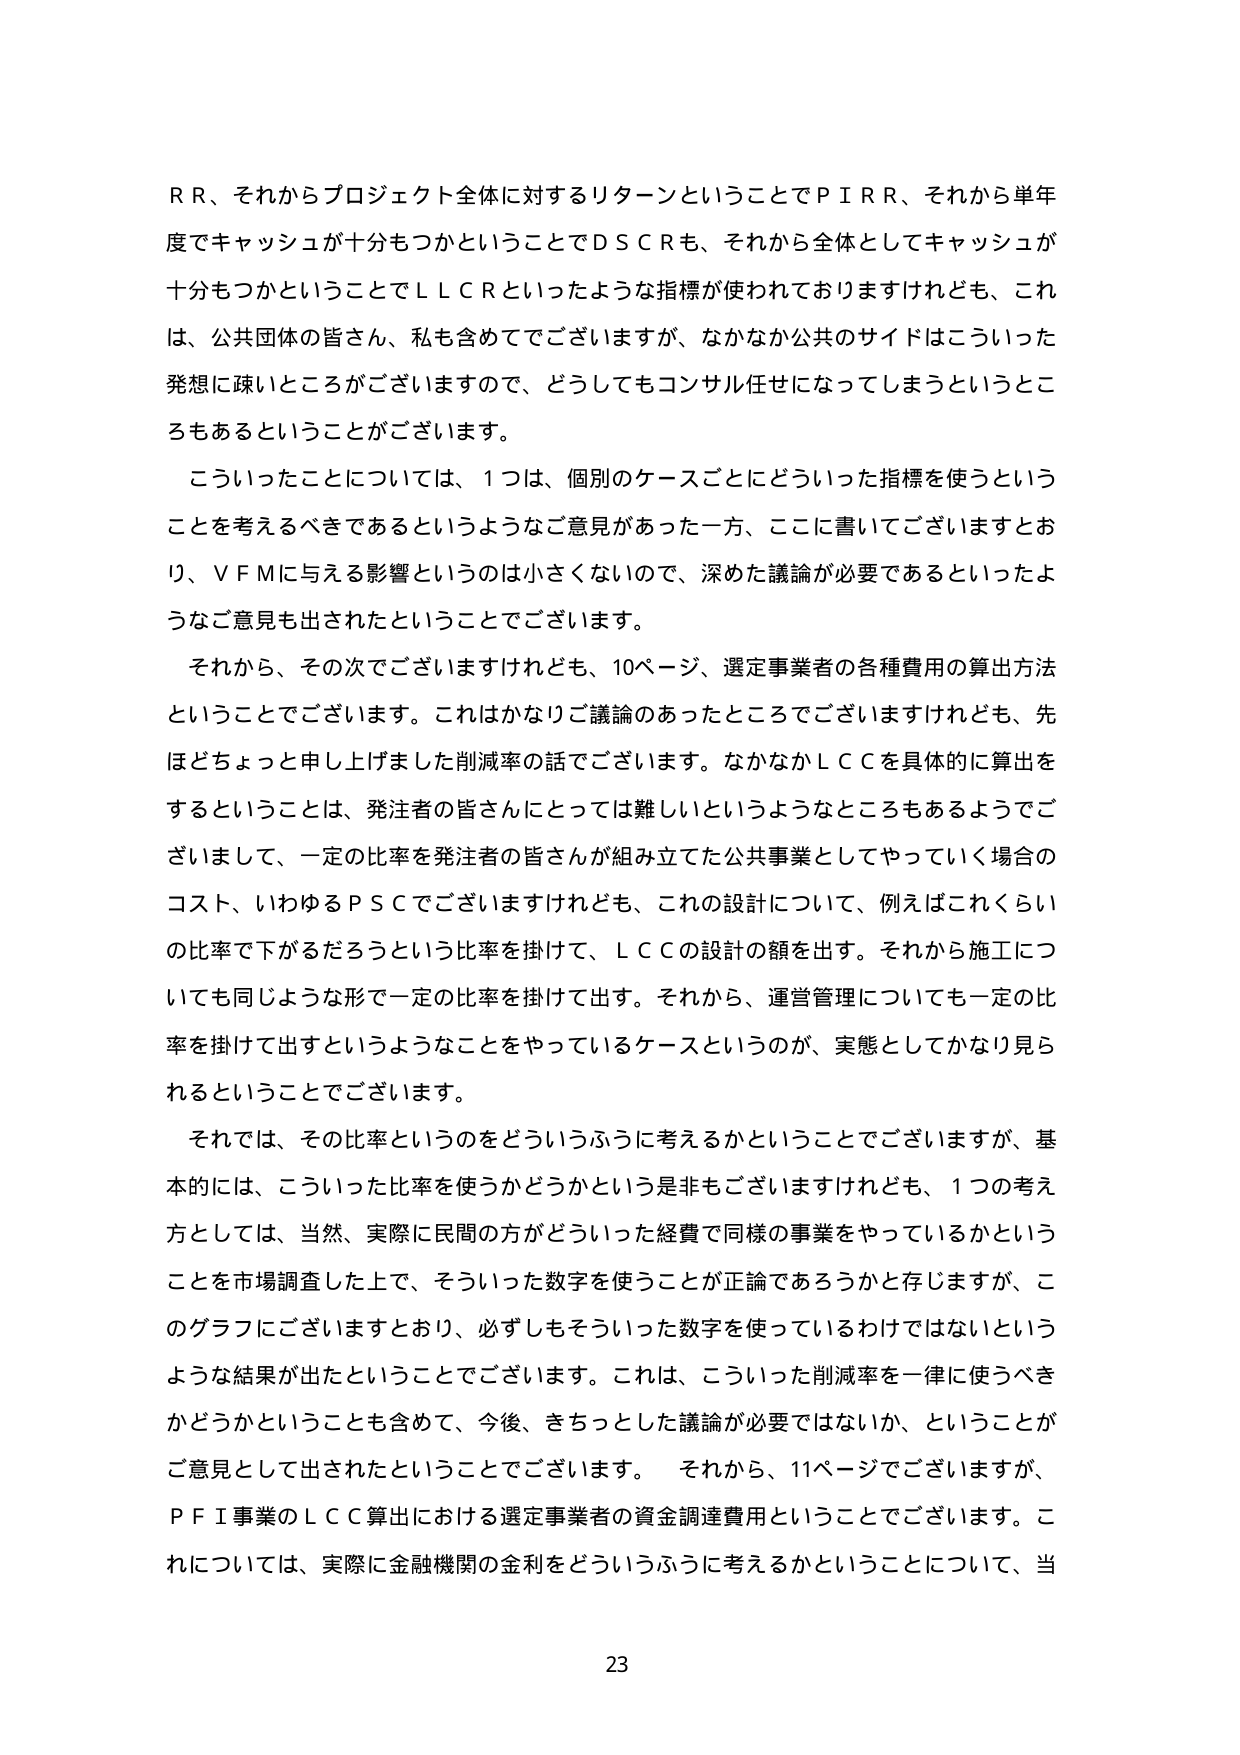
ＲＲ、それからプロジェクト全体に対するリターンということでＰＩＲＲ、それから単年度でキャッシュが十分もつかということでＤＳＣＲも、それから全体としてキャッシュが十分もつかということでＬＬＣＲといったような指標が使われておりますけれども、これは、公共団体の皆さん、私も含めてでございますが、なかなか公共のサイドはこういった発想に疎いところがございますので、どうしてもコンサル任せになってしまうというところもあるということがございます。

こういったことについては、１つは、個別のケースごとにどういった指標を使うということを考えるべきであるというようなご意見があった一方、ここに書いてございますとおり、ＶＦＭに与える影響というのは小さくないので、深めた議論が必要であるといったようなご意見も出されたということでございます。

それから、その次でございますけれども、10ページ、選定事業者の各種費用の算出方法ということでございます。これはかなりご議論のあったところでございますけれども、先ほどちょっと申し上げました削減率の話でございます。なかなかＬＣＣを具体的に算出をするということは、発注者の皆さんにとっては難しいというようなところもあるようでございまして、一定の比率を発注者の皆さんが組み立てた公共事業としてやっていく場合のコスト、いわゆるＰＳＣでございますけれども、これの設計について、例えばこれくらいの比率で下がるだろうという比率を掛けて、ＬＣＣの設計の額を出す。それから施工についても同じような形で一定の比率を掛けて出す。それから、運営管理についても一定の比率を掛けて出すというようなことをやっているケースというのが、実態としてかなり見られるということでございます。

それでは、その比率というのをどういうふうに考えるかということでございますが、基本的には、こういった比率を使うかどうかという是非もございますけれども、１つの考え方としては、当然、実際に民間の方がどういった経費で同様の事業をやっているかということを市場調査した上で、そういった数字を使うことが正論であろうかと存じますが、このグラフにございますとおり、必ずしもそういった数字を使っているわけではないというような結果が出たということでございます。これは、こういった削減率を一律に使うべきかどうかということも含めて、今後、きちっとした議論が必要ではないか、ということがご意見として出されたということでございます。 それから、11ページでございますが、ＰＦＩ事業のＬＣＣ算出における選定事業者の資金調達費用ということでございます。これについては、実際に金融機関の金利をどういうふうに考えるかということについて、当

23